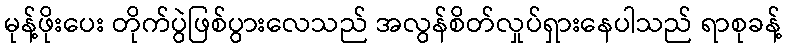
မုန့်ဖိုးပေး တိုက်ပွဲဖြစ်ပွားလေသည် အလွန်စိတ်လှုပ်ရှားနေပါသည် ရာစုခန့်